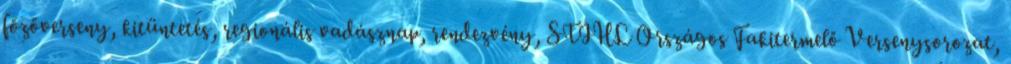
főzőverseny, kitüntetés, regionális vadásznap, rendezvény, STIHL Országos Fakitermelő Versenysorozat,